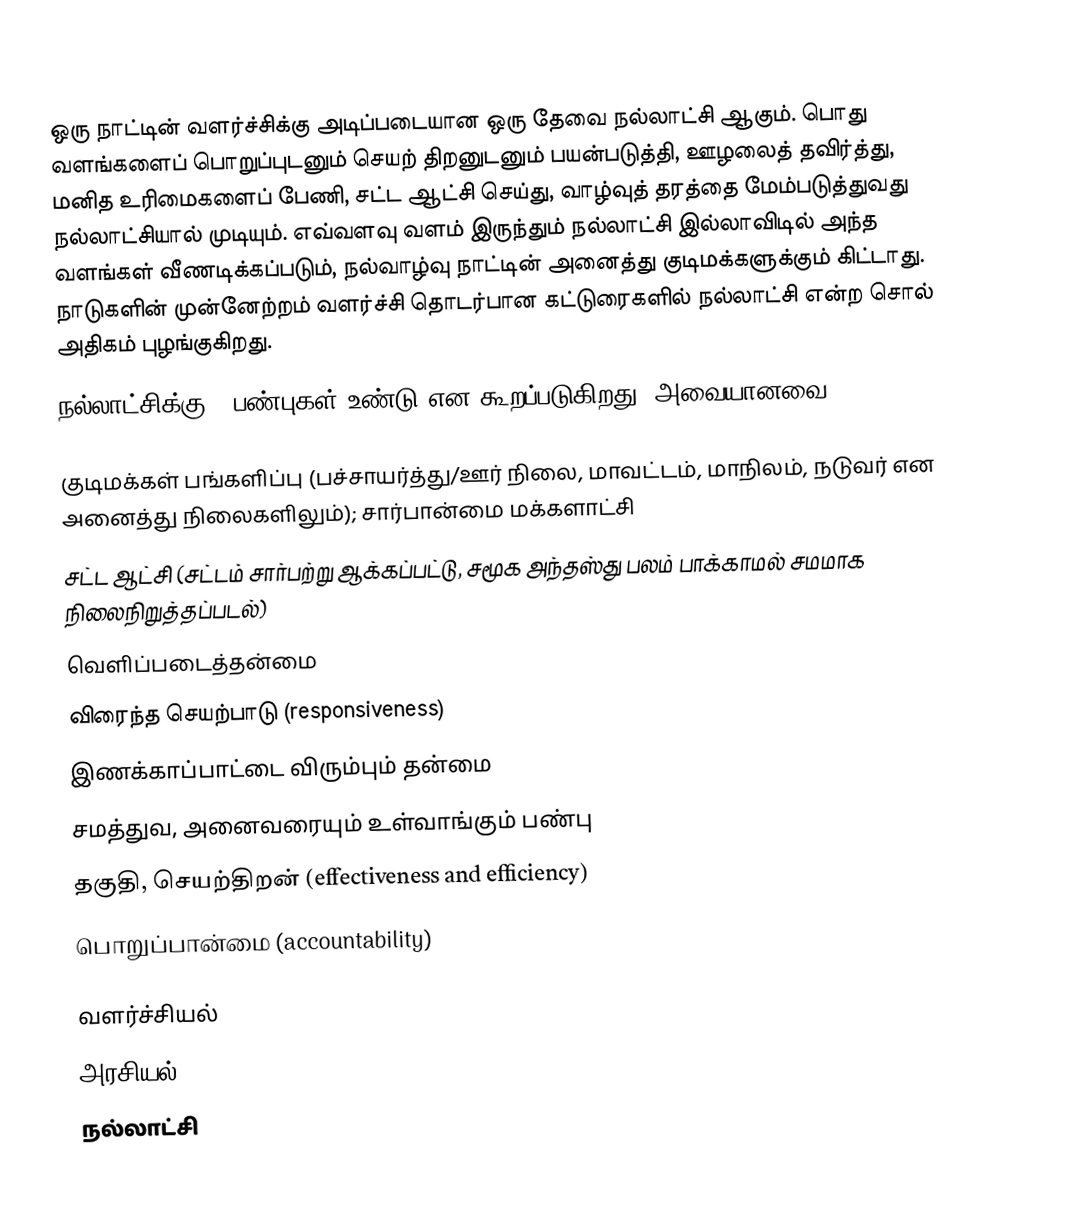
ஒரு நாட்டின் வளர்ச்சிக்கு அடிப்படையான ஒரு தேவை நல்லாட்சி ஆகும்.  பொது வளங்களைப் பொறுப்புடனும் செயற் திறனுடனும் பயன்படுத்தி, ஊழலைத் தவிர்த்து, மனித உரிமைகளைப் பேணி, சட்ட ஆட்சி செய்து, வாழ்வுத் தரத்தை மேம்படுத்துவது நல்லாட்சியால் முடியும்.  எவ்வளவு வளம் இருந்தும் நல்லாட்சி இல்லாவிடில் அந்த வளங்கள் வீணடிக்கப்படும், நல்வாழ்வு நாட்டின் அனைத்து குடிமக்களுக்கும் கிட்டாது.  நாடுகளின் முன்னேற்றம் வளர்ச்சி தொடர்பான கட்டுரைகளில் நல்லாட்சி என்ற சொல் அதிகம் புழங்குகிறது.
நல்லாட்சிக்கு 8 பண்புகள் உண்டு என கூறப்படுகிறது.  அவையானவை:

 குடிமக்கள் பங்களிப்பு (பச்சாயர்த்து/ஊர் நிலை, மாவட்டம், மாநிலம், நடுவர் என அனைத்து நிலைகளிலும்); சார்பான்மை மக்களாட்சி
 சட்ட ஆட்சி (சட்டம் சார்பற்று ஆக்கப்பட்டு, சமூக அந்தஸ்து பலம் பாக்காமல் சமமாக நிலைநிறுத்தப்படல்)
 வெளிப்படைத்தன்மை
 விரைந்த செயற்பாடு (responsiveness)
 இணக்காப்பாட்டை விரும்பும் தன்மை
 சமத்துவ, அனைவரையும் உள்வாங்கும் பண்பு
 தகுதி, செயற்திறன் (effectiveness and efficiency)
 பொறுப்பான்மை (accountability)

வளர்ச்சியல்
அரசியல்
நல்லாட்சி